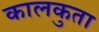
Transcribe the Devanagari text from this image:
कालकुता